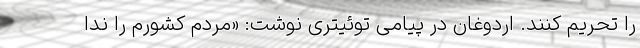
را تحریم کنند. اردوغان در پیامی توئیتری نوشت: «مردم کشورم را ندا